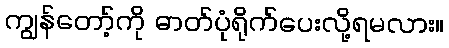
ကျွန်တော့်ကို ဓာတ်ပုံရိုက်ပေးလို့ရမလား။